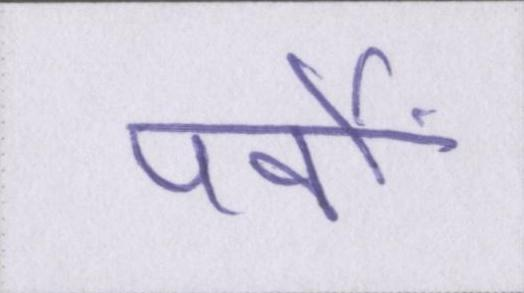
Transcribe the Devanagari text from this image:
पर्वों